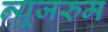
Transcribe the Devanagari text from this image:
न्यूजरुम